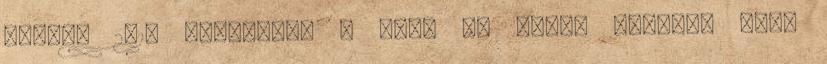
által: 2018 Augusztus 6 Uhh. na ezért megérte hogy